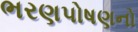
ભરણપોષણનો